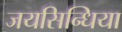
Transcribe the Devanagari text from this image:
जयसिन्धिया